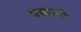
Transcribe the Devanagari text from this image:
थकली